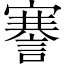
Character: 謇